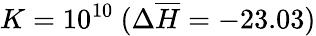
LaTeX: K=10^{10}~(\Delta\overline{{H}}=-23.03)